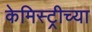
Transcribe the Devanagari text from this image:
केमिस्ट्रीच्या